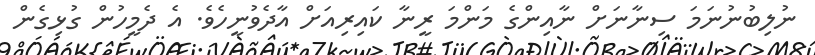
ނުލިބުނުނަމަ ސިނާނަށް ނާއިންގެ މަންމަ ރީނާ ކައިރިއަށް އާދެވުނީހެެވެ. އެ ދެމީހުން ގުޅިގެން